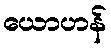
ယောဟန်